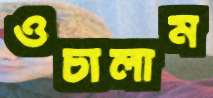
ওচালাম